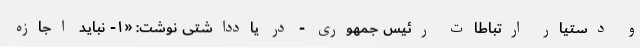
و دستیار ارتباطات رئیس جمهوری - در یادداشتی نوشت: «١- نباید اجازه